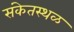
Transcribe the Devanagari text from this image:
संकेतस्‍थळ